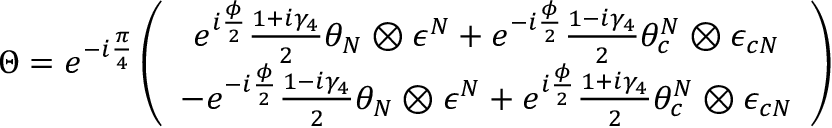
\Theta = e ^ { - i \frac { \pi } { 4 } } \left( \begin{array} { c } { { e ^ { i \frac { \phi } { 2 } } \frac { 1 + i \gamma _ { 4 } } { 2 } \theta _ { N } \otimes \epsilon ^ { N } + e ^ { - i \frac { \phi } { 2 } } \frac { 1 - i \gamma _ { 4 } } { 2 } \theta _ { c } ^ { N } \otimes \epsilon _ { c N } } } \\ { { - e ^ { - i \frac { \phi } { 2 } } \frac { 1 - i \gamma _ { 4 } } { 2 } \theta _ { N } \otimes \epsilon ^ { N } + e ^ { i \frac { \phi } { 2 } } \frac { 1 + i \gamma _ { 4 } } { 2 } \theta _ { c } ^ { N } \otimes \epsilon _ { c N } } } \end{array} \right)